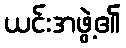
ယင်းအဖွဲ့၏